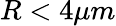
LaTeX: R<4\mu m